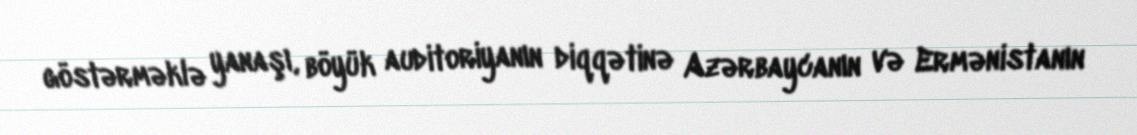
göstərməklə yanaşı, böyük auditoriyanın diqqətinə Azərbaycanın və Ermənistanın